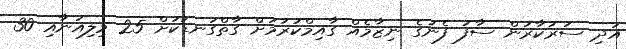
އަދި ސަރުކާރުން ސާފު ފެނުގެ ނިޒާމެއް ގާއިމްކުރުމަށް ގާތްގަނޑަކަށް 25 މިލިއަނާއި 30